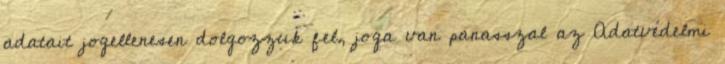
adatait jogellenesen dolgozzuk fel, joga van panasszal az Adatvédelmi